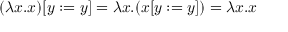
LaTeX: ( \lambda x . x ) [ y : = y ] = \lambda x . ( x [ y : = y ] ) = \lambda x . x